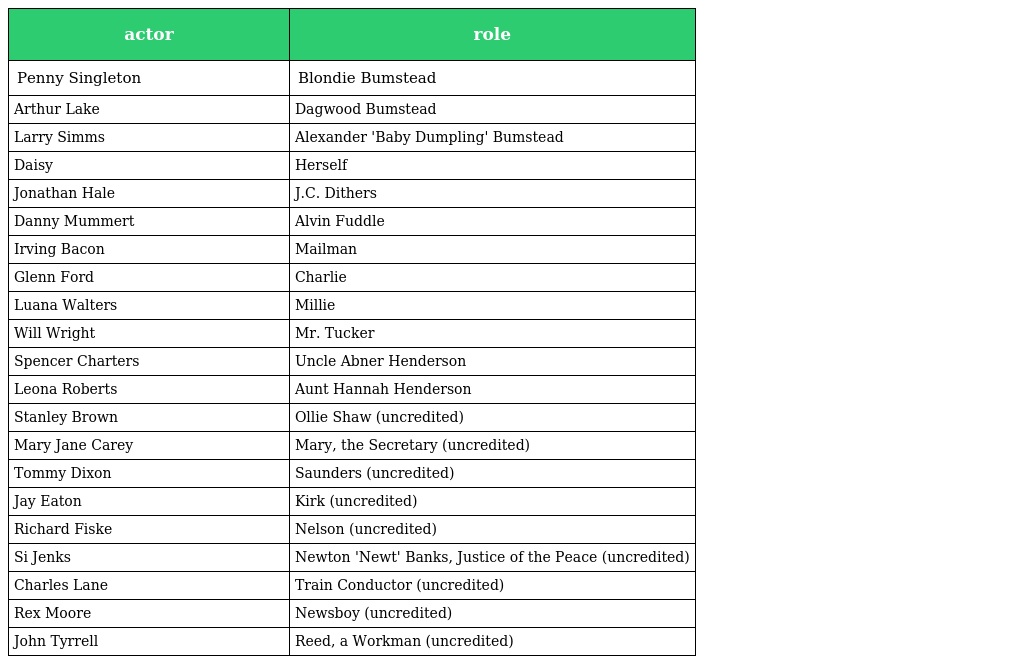
| actor | role |
 | --- | --- |
 | Penny Singleton | Blondie Bumstead |
 | Arthur Lake | Dagwood Bumstead |
 | Larry Simms | Alexander 'Baby Dumpling' Bumstead |
 | Daisy | Herself |
 | Jonathan Hale | J.C. Dithers |
 | Danny Mummert | Alvin Fuddle |
 | Irving Bacon | Mailman |
 | Glenn Ford | Charlie |
 | Luana Walters | Millie |
 | Will Wright | Mr. Tucker |
 | Spencer Charters | Uncle Abner Henderson |
 | Leona Roberts | Aunt Hannah Henderson |
 | Stanley Brown | Ollie Shaw (uncredited) |
 | Mary Jane Carey | Mary, the Secretary (uncredited) |
 | Tommy Dixon | Saunders (uncredited) |
 | Jay Eaton | Kirk (uncredited) |
 | Richard Fiske | Nelson (uncredited) |
 | Si Jenks | Newton 'Newt' Banks, Justice of the Peace (uncredited) |
 | Charles Lane | Train Conductor (uncredited) |
 | Rex Moore | Newsboy (uncredited) |
 | John Tyrrell | Reed, a Workman (uncredited) |